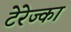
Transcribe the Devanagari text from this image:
टेरेज्का